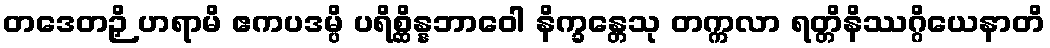
တဒေတဉှိ ဟရာမိ ဧကပဒမ္ပိ ပရိစ္ဆိန္နဘာဝေါ နိက္ခန္တေသု တက္ကလာ ရတ္တိနိဿဂ္ဂိယေနာတိ